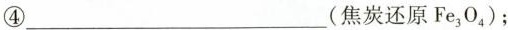
④___(焦炭还原Fe_{3}O_{4})；